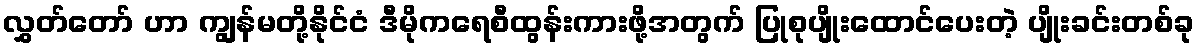
လွှတ်တော် ဟာ ကျွန်မတို့နိုင်ငံ ဒီမိုကရေစီထွန်းကားဖို့အတွက် ပြုစုပျိုးထောင်ပေးတဲ့ ပျိုးခင်းတစ်ခု